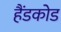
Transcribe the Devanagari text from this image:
हैंडकोड